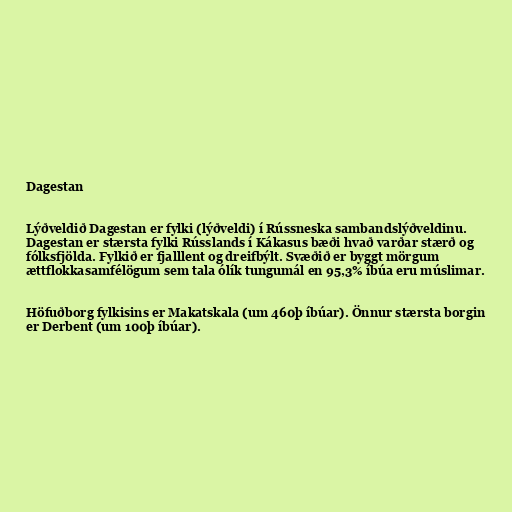
Dagestan

Lýðveldið Dagestan er fylki (lýðveldi) í Rússneska sambandslýðveldinu.
Dagestan er stærsta fylki Rússlands í Kákasus bæði hvað varðar stærð og
fólksfjölda. Fylkið er fjalllent og dreifbýlt. Svæðið er byggt mörgum
ættflokkasamfélögum sem tala ólík tungumál en 95,3% íbúa eru múslimar.

Höfuðborg fylkisins er Makatskala (um 460þ íbúar). Önnur stærsta borgin
er Derbent (um 100þ íbúar).